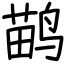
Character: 鹋